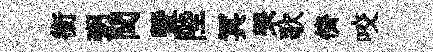
銜粥閏曁陛冥罘歌儕咬